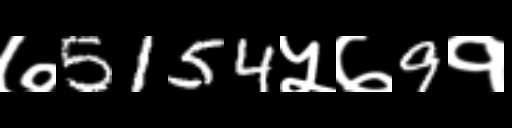
Text: ७5154५७9१